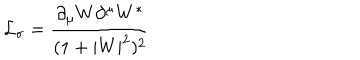
{ \cal L } _ { \sigma } = \frac { \partial _ { \mu } W \partial ^ { \mu } W ^ { * } } { ( 1 + | W | ^ { 2 } ) ^ { 2 } }